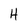
Character: H